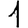
Digit: 1